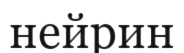
нейрин